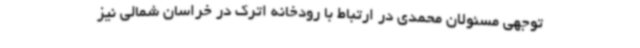
توجهی مسئولان محمدی در ارتباط با رودخانه اترک در خراسان شمالی نیز